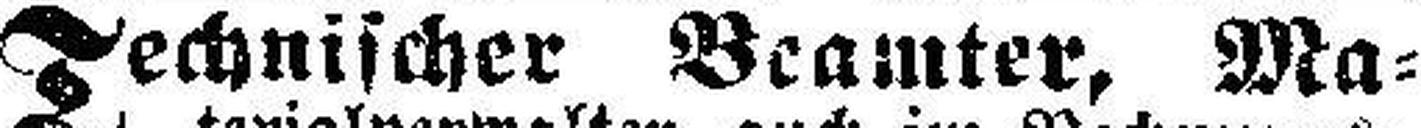
Technischer Beamter, Ma¬